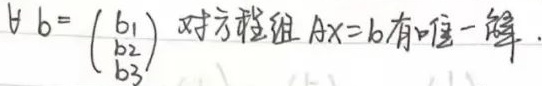
对于任意的\(\boldsymbol{b}=\begin{pmatrix}b_1\\b_2\\b_3\end{pmatrix}\)，方程组\(\boldsymbol{A}\boldsymbol{x}=\boldsymbol{b}\)有唯一解。

\(\forall \boldsymbol{b}=\begin{pmatrix}b_1\\b_2\\b_3\end{pmatrix}\)，方程组\(\boldsymbol{A}\boldsymbol{x}=\boldsymbol{b}\)有唯一解